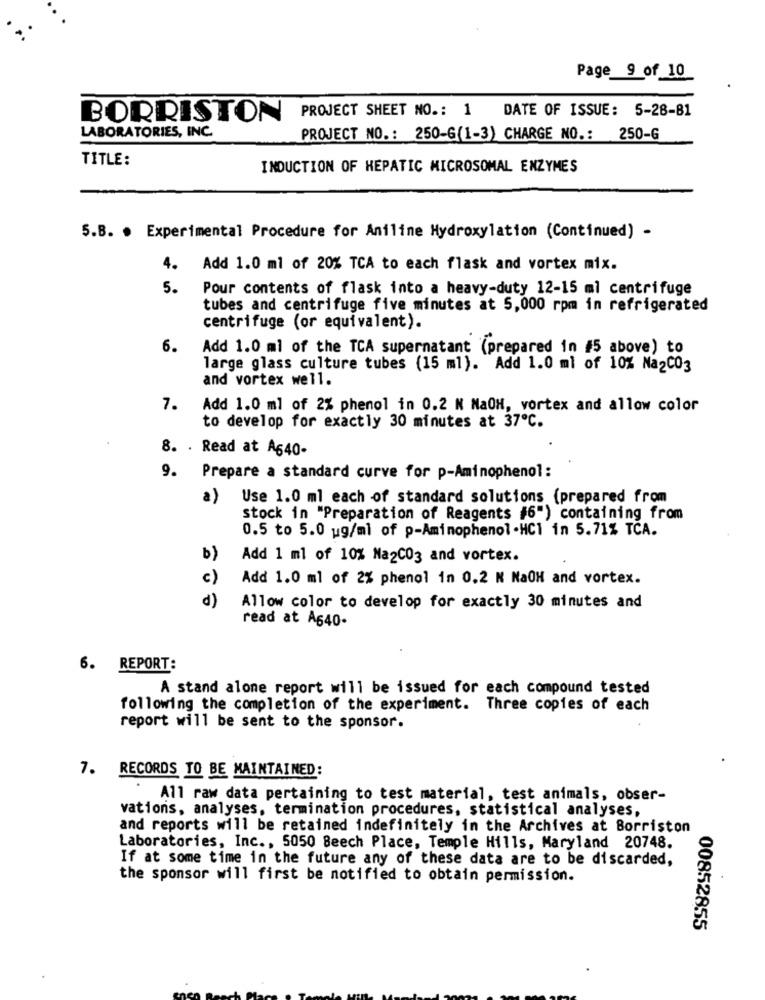
Page 9 of 10
PROJECT SHEET NO .: 1 DATE OF ISSUE: 5-28-81
BORRISTON
LABORATORIES, INC.
PROJECT NO .: 250-G(1-3) CHARGE NO .: 250-G
TITLE:
INDUCTION OF HEPATIC MICROSOMAL ENZYMES
5.B. . Experimental Procedure for Aniline Hydroxylation (Continued) -
4.
Add 1.0 ml of 20% TCA to each flask and vortex mix.
5.
Pour contents of flask into a heavy-duty 12-15 ml centrifuge
tubes and centrifuge five minutes at 5,000 rpm in refrigerated
centrifuge (or equivalent).
6.
Add 1.0 ml of the TCA supernatant (prepared in #5 above) to
large glass culture tubes (15 ml). Add 1.0 ml of 10% Na2CO3
and vortex well.
7.
Add 1.0 ml of 2% phenol in 0.2 N NaOH, vortex and allow color
to develop for exactly 30 minutes at 37℃.
8. . Read at A640-
9. Prepare a standard curve for p-Aminophenol:
a)
Use 1.0 ml each of standard solutions (prepared from
stock in "Preparation of Reagents #6") containing from
0.5 to 5.0 ug/ml of p-Aminophenol -HC1 in 5.71% TCA.
b)
Add 1 ml of 10% Na2CO3 and vortex.
c)
Add 1.0 ml of 2% phenol in 0.2 N NaOH and vortex.
d)
Allow color to develop for exactly 30 minutes and
read at A640.
6. REPORT:
A stand alone report will be issued for each compound tested
following the completion of the experiment. Three copies of each
report will be sent to the sponsor.
7. RECORDS TO BE MAINTAINED:
All raw data pertaining to test material, test animals, obser-
vations, analyses, termination procedures, statistical analyses,
and reports will be retained indefinitely in the Archives at Borriston
Laboratories, Inc ., 5050 Beech Place, Temple Hills, Maryland 20748.
If at some time in the future any of these data are to be discarded,
the sponsor will first be notified to obtain permission.
00852855